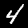
Digit: 4